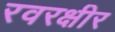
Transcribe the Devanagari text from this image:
रवरक्षीर